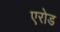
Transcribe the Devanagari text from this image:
एरोड